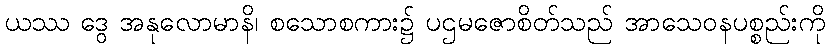
ယဿ ဒွေ အနုလောမာနိ၊ စသောစကား၌ ပဌမဇောစိတ်သည် အာသေဝနပစ္စည်းကို